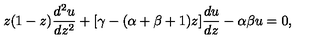
z ( 1 - z ) { \frac { d ^ { 2 } u } { d z ^ { 2 } } } + [ \gamma - ( \alpha + \beta + 1 ) z ] { \frac { d u } { d z } } - \alpha \beta u = 0 ,